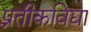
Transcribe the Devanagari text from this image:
प्रतीकविद्या